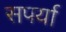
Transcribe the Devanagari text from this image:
सपर्या